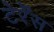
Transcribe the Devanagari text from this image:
टेर्रेंस